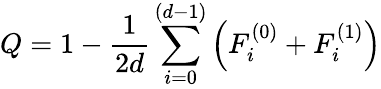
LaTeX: Q=1-\frac{1}{2d}\sum_{i=0}^{(d-1)}\left(F_{i}^{(0)}+F_{i}^{(1)}\right)